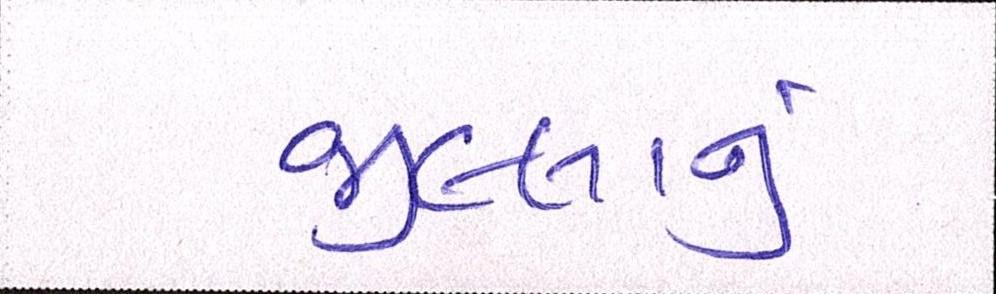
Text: જીલ્લાનું